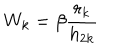
LaTeX: W _ { k } = \beta \frac { r _ { k } } { h _ { 2 k } }